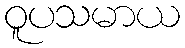
ဝူပသမာယ